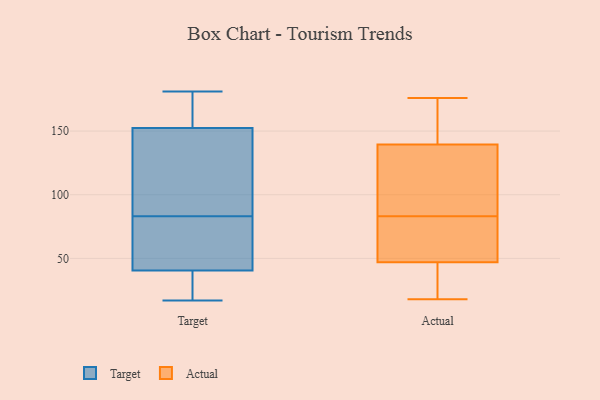
{"axis": {"x": "Population (Million)", "y": "Value"}, "legend": ["Actual", "Target"], "data": [{"x": "", "y": 158, "type": "Target"}, {"x": "", "y": 181, "type": "Target"}, {"x": "", "y": 80, "type": "Target"}, {"x": "", "y": 83, "type": "Target"}, {"x": "", "y": 54, "type": "Target"}, {"x": "", "y": 17, "type": "Target"}, {"x": "", "y": 148, "type": "Target"}, {"x": "", "y": 161, "type": "Target"}, {"x": "", "y": 154, "type": "Target"}, {"x": "", "y": 34, "type": "Target"}, {"x": "", "y": 119, "type": "Target"}, {"x": "", "y": 72, "type": "Target"}, {"x": "", "y": 36, "type": "Target"}, {"x": "", "y": 117, "type": "Target"}, {"x": "", "y": 32, "type": "Target"}, {"x": "", "y": 26, "type": "Actual"}, {"x": "", "y": 64, "type": "Actual"}, {"x": "", "y": 138, "type": "Actual"}, {"x": "", "y": 132, "type": "Actual"}, {"x": "", "y": 159, "type": "Actual"}, {"x": "", "y": 92, "type": "Actual"}, {"x": "", "y": 20, "type": "Actual"}, {"x": "", "y": 80, "type": "Actual"}, {"x": "", "y": 83, "type": "Actual"}, {"x": "", "y": 176, "type": "Actual"}, {"x": "", "y": 18, "type": "Actual"}, {"x": "", "y": 144, "type": "Actual"}, {"x": "", "y": 159, "type": "Actual"}, {"x": "", "y": 74, "type": "Actual"}, {"x": "", "y": 100, "type": "Actual"}, {"x": "", "y": 54, "type": "Actual"}, {"x": "", "y": 22, "type": "Actual"}]}